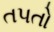
તપતો